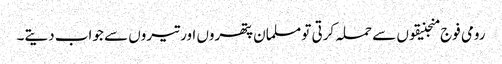
رومی فوج منجنیقوں سے حملہ کرتی تو مسلمان پتھروں اور تیروں سے جواب دیتے۔